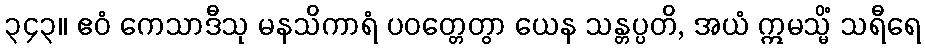
၃၄၃။ ဧဝံ ကေသာဒီသု မနသိကာရံ ပဝတ္တေတွာ ယေန သန္တပ္ပတိ, အယံ ဣမသ္မိံ သရီရေ